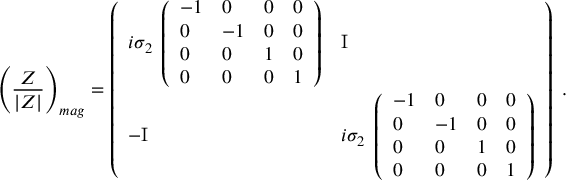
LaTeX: \left( { \frac { \cal Z } { | Z | } } \right) _ { m a g } = \left( \begin{array} { l l } { { i \sigma _ { 2 } \; \left( \begin{array} { l l l l } { { - 1 } } & { { 0 } } & { { 0 } } & { { 0 } } \\ { { 0 } } & { { - 1 } } & { { 0 } } & { { 0 } } \\ { { 0 } } & { { 0 } } & { { 1 } } & { { 0 } } \\ { { 0 } } & { { 0 } } & { { 0 } } & { { 1 } } \end{array} \right) } } & { { \mathrm { I } } } \\ { { - \mathrm { I } } } & { { i \sigma _ { 2 } \; \left( \begin{array} { l l l l } { { - 1 } } & { { 0 } } & { { 0 } } & { { 0 } } \\ { { 0 } } & { { - 1 } } & { { 0 } } & { { 0 } } \\ { { 0 } } & { { 0 } } & { { 1 } } & { { 0 } } \\ { { 0 } } & { { 0 } } & { { 0 } } & { { 1 } } \end{array} \right) } } \end{array} \right) \ .